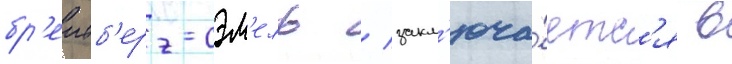
бр'еитб'ерг-сэм'ель / закл'юча́етс'я в